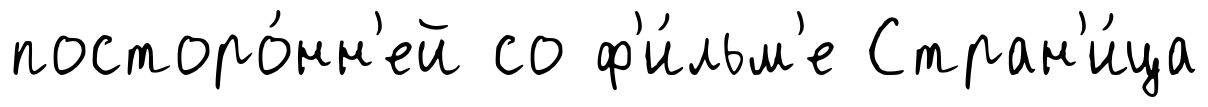
посторо́нн'ей со ф'и́льм'е Стран'и́ца